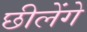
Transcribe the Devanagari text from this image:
छीलेंगे